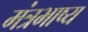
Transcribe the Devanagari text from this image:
मंत्रभाष्य